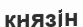
князін